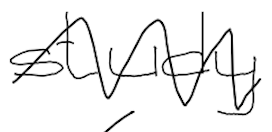
Text: study
Cross-out: zig-zag
Writing tool: digital_black